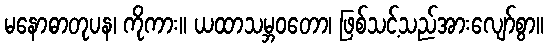
မနောဓာတုပန၊ ကိုကား။ ယထာသမ္ဘဝတော၊ ဖြစ်သင့်သည်အားလျော်စွာ။